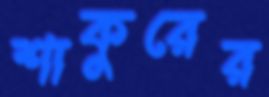
শাকুরের